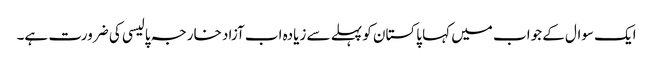
ایک سوال کے جواب میں کہا پاکستان کو پہلے سے زیادہ اب آزاد خارجہ پالیسی کی ضرورت ہے۔